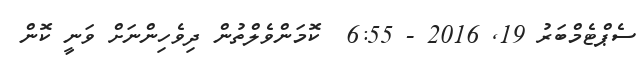
ސެޕްޓެމްބަރު 19